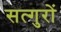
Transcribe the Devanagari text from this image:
सत्गुरों